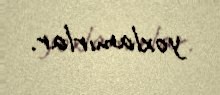
yoxlamırlar.